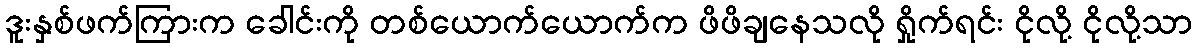
ဒူးနှစ်ဖက်ကြားက ခေါင်းကို တစ်ယောက်ယောက်က ဖိဖိချနေသလို ရှိုက်ရင်း ငိုလို့ ငိုလို့သာ